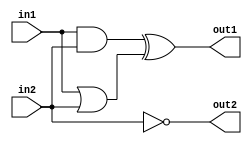
module first_system(out1,out2,in1,in2);

input in1,in2;
output out1,out2;

wire and_out,or_out;

assign and_out = in1 & in2;
assign or_out  = in1 | in2;
assign out1 = and_out ^ or_out;
assign out2 = ~in2;

endmodule

`timescale 1ns/1ps
module first_system_tb;
reg in1t, in2t;
wire out1t, out2t;
first_system uut(.out1(out1t), .out2(out2t), .in1(in1t), .in2(in2t));
initial begin
in1t = 0;
in2t = 0;
#100;
repeat(4)
#100 {in1t,in2t} = {in1t,in2t} + 1'b1;
end
endmodule